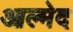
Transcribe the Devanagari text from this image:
आल्मेद